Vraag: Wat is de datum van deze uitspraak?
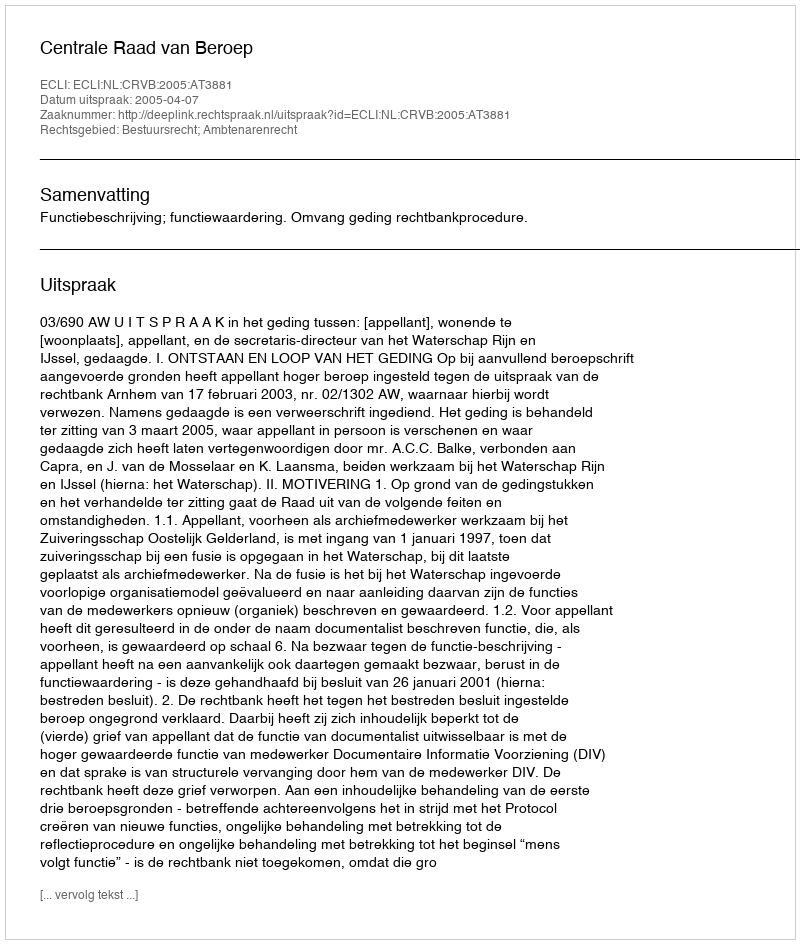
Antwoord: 2005-04-07